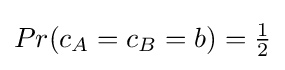
Pr(c_{A}=c_{B}=b)={\tfrac {1}{2}}